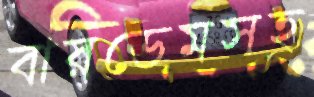
বারডেমসহ